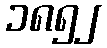
၁၈၅၂